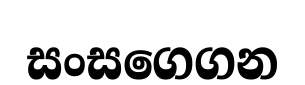
සංසගෙගන